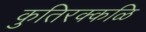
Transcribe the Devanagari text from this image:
कुतिरक्कळि